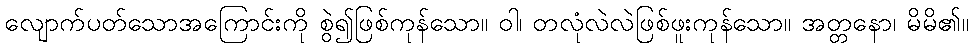
လျောက်ပတ်သောအကြောင်းကို စွဲ၍ဖြစ်ကုန်သော။ ဝါ၊ တလုံလဲလဲဖြစ်ဖူးကုန်သော။ အတ္တနော၊ မိမိ၏။